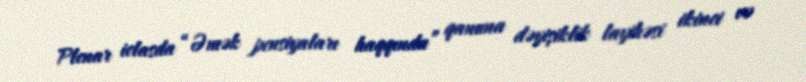
Plenar iclasda “Əmək pensiyaları haqqında” qanuna dəyişiklik layihəsi ikinci və